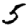
Digit: 5